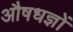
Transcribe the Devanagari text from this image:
औषधज्ञों